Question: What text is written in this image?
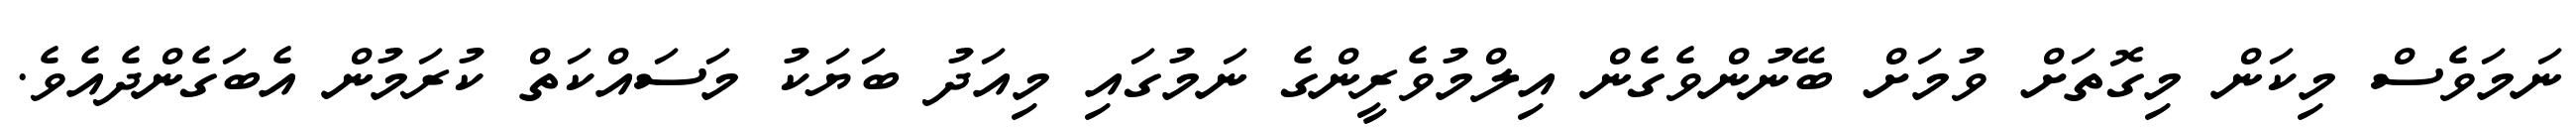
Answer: ނަމަވެސް މިކަން މިގޮތަށް ވުމަށް ބޭނުންވެގެން އިލްމުވެރީންގެ ނަމުގައި މިއަދު ބަޔަކު މަސައްކަތް ކުރަމުން އެބަގެންދެއެވެ.